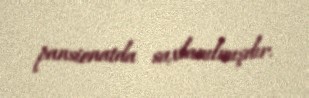
pansionatda saxlanılmışdır.